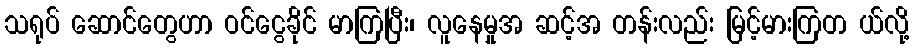
သရုပ် ဆောင်တွေဟာ ဝင်ငွေခိုင် မာကြပြီး၊ လူနေမှုအ ဆင့်အ တန်းလည်း မြင့်မားကြတ ယ်လို့